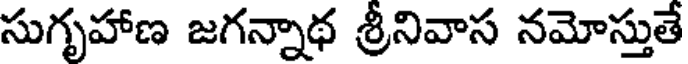
సుగృహాణ జగన్నాథ శ్రీనివాస నమోస్తుతే